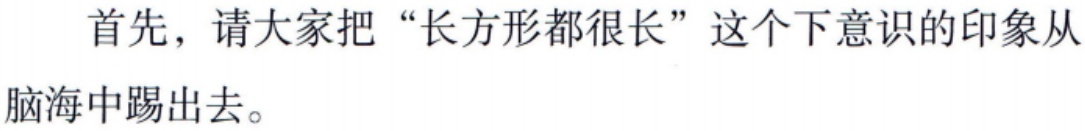
首先，请大家把“长方形都很长”这个下意识的印象从脑海中踢出去。